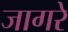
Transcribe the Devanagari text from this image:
जागरे